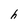
Character: h